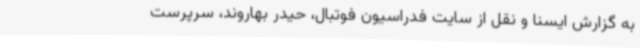
به گزارش ایسنا و نقل از سایت فدراسیون فوتبال، حیدر بهاروند، سرپرست